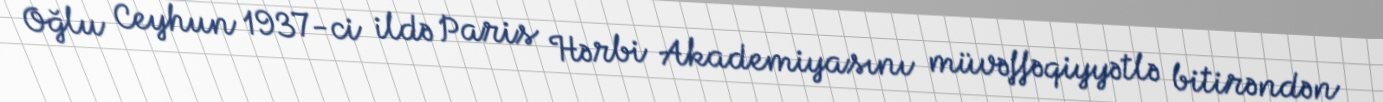
Oğlu Ceyhun 1937-ci ildə Paris Hərbi Akademiyasını müvəffəqiyyətlə bitirəndən